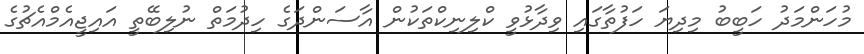
މުހަންމަދު ހަބީބު މިދިޔަ ހަފުތާގައި ވިދާޅުވީ ކްލިނިކްތަކުން އާސަންދަގެ ހިދުމަތް ނުލިބޭތީ އައިޖީއެމްއެޗުގެ